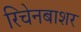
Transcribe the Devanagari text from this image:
रिचेनबाशर